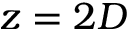
z = 2 D